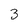
Character: 3